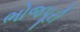
ભોજપૂરી